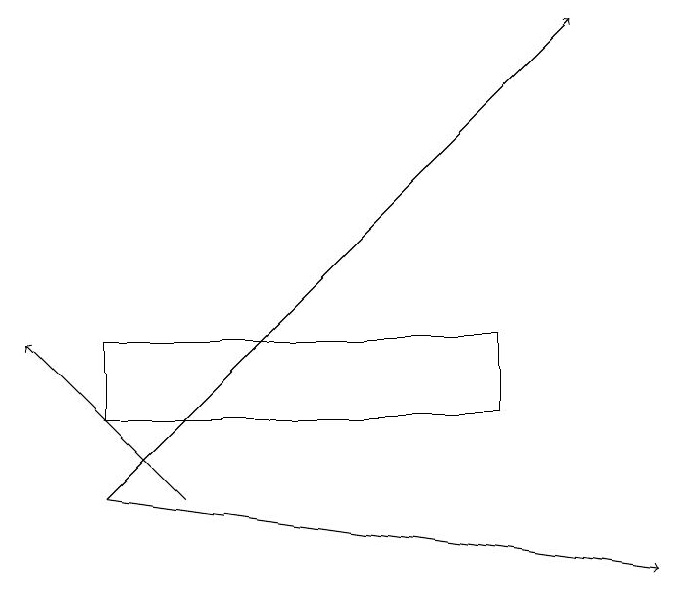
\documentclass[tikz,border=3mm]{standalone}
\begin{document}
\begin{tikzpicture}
\draw[->] (2,13) -- (8,19);
\draw[->] (2,13) -- (9,12);
\draw[->] (3,13) -- (1,15);
\draw (2,14) rectangle (7,15);
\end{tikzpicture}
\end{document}